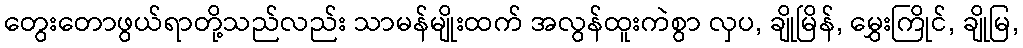
တွေးတောဖွယ်ရာတို့သည်လည်း သာမန်မျိုးထက် အလွန်ထူးကဲစွာ လှပ, ချိုမြိန်, မွှေးကြိုင်, ချိုမြ,